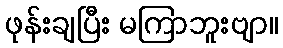
ဖုန်းချပြီး မကြာဘူးဗျာ။